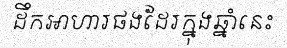
ដឹកអាហារផងដែរក្នុងឆ្នាំនេះ